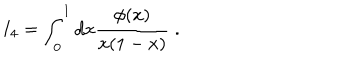
LaTeX: I _ { 4 } = \int _ { 0 } ^ { 1 } d x \frac { \phi ( x ) } { x ( 1 - x ) } \; .